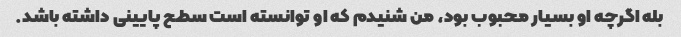
بله اگرچه او بسیار محبوب بود، من شنیدم که او توانسته است سطح پایینی داشته باشد.